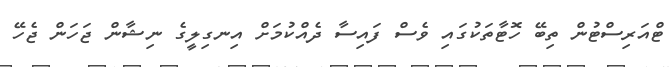
ޓްއަރިސްޓުން ތިބޭ ހޮޓާތަކުގައި ވެސް ފައިސާ ދެއްކުމަށް އިނގިލީގެ ނިޝާން ޖަހަން ޖެހޭ